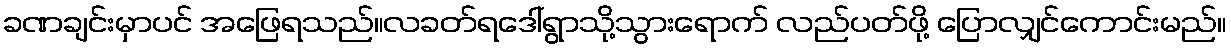
ခဏချင်းမှာပင် အဖြေရသည်။လခတ်ရဒေါ်ရွာသို့သွားရောက် လည်ပတ်ဖို့ ပြောလျှင်ကောင်းမည်။